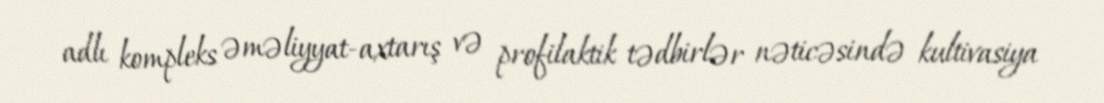
adlı kompleks əməliyyat-axtarış və profilaktik tədbirlər nəticəsində kultivasiya